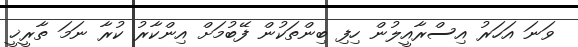
ވަނަ އަހަރު އިސްރާއީލުން ހިފި ބިންތަކުން ފޭބުމަށް އިންކާރު ކުރާ ނަމަ ތާރީޚީ